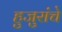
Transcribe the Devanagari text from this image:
हुजुरांचे